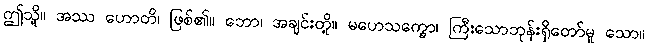
ဤသို့။ အဿ ဟောတိ၊ ဖြစ်၏။ ဘော၊ အချင်းတို့။ မဟေသက္ခော၊ ကြီးသောဘုန်းရှိတော်မူ သော။